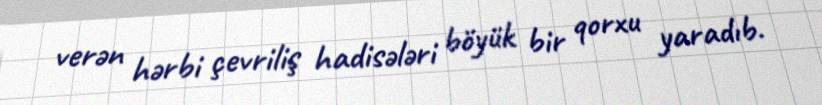
verən hərbi çevriliş hadisələri böyük bir qorxu yaradıb.